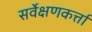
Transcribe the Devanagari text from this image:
सर्वेक्षणकर्त्ता